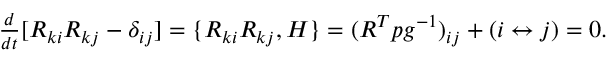
\begin{array} { r } { \frac { d } { d t } [ R _ { k i } R _ { k j } - \delta _ { i j } ] = \{ R _ { k i } R _ { k j } , H \} = ( R ^ { T } p g ^ { - 1 } ) _ { i j } + ( i \leftrightarrow j ) = 0 . } \end{array}